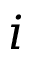
i